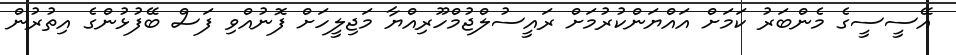
އޭސީސީގެ މެންބަރު ކަމަށް އައްޔަންކުރުމަށް ރައީސުލްޖުމްހޫރިއްޔާ މަޖިލީހަށް ފޮނުއްވި ފަސް ބޭފުޅުންގެ އިތުރުން